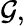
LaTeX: \mathcal{G},